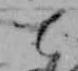
て